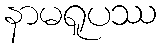
နာမရူပဿ